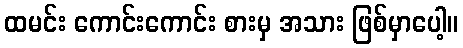
ထမင်း ကောင်းကောင်း စားမှ အသား ဖြစ်မှာပေါ့။